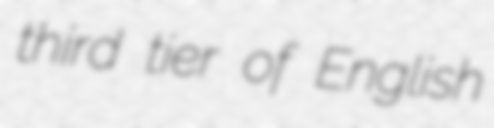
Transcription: third tier of English